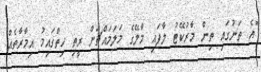
"އެ ތަނުގައި ތިން މާރުކޭޓު ލާފައި މާލޭގެ މަލަމައްޗަށް ރީތި ހިތްގައިމު އިމާރާތެއް